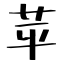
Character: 苹